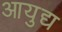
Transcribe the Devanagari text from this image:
आयुद्य